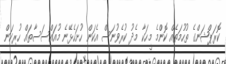
ކޮރަޕްޝަންގެ ތުހުމަތެއް ކޮންމެ މީހަކާ މެދު ކުރެވުނަސް އެކަން ހުށަހެޅޭނެ މުއައްސަސާތައް ހުރިކަން